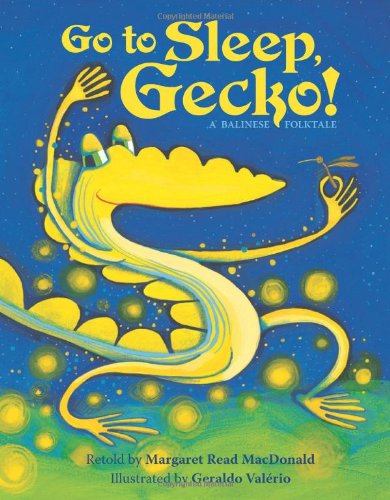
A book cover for Go To Sleep, Gecko!: A Balinese Folktale; Margaret Read MacDonald; Children's Books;